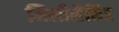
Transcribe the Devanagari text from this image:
मिलीसैकिंड